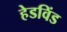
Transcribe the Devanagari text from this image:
हेडविंड